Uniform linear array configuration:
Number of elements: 16
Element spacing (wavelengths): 0.5
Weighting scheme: hamming
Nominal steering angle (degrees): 30
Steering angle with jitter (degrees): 28.871
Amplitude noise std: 0.05
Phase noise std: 0.05

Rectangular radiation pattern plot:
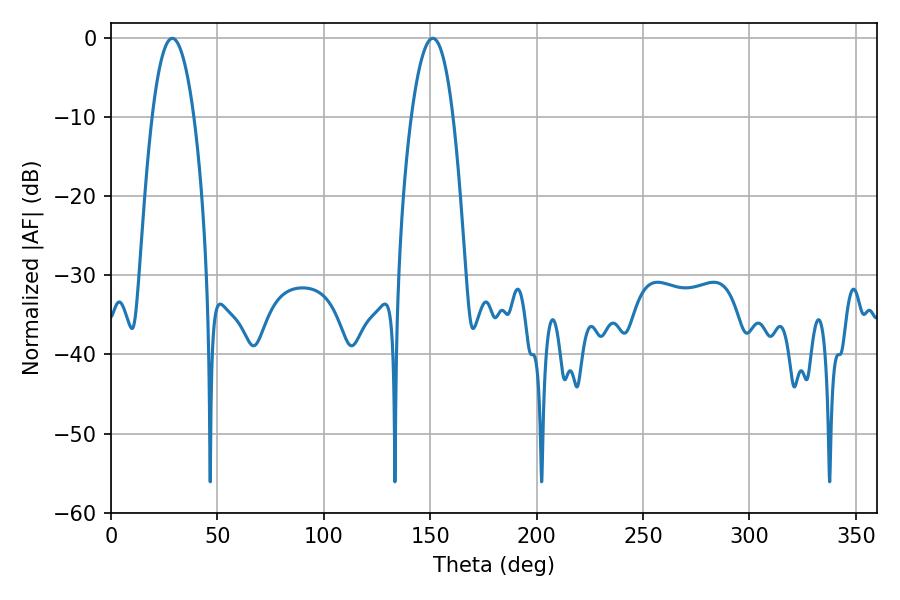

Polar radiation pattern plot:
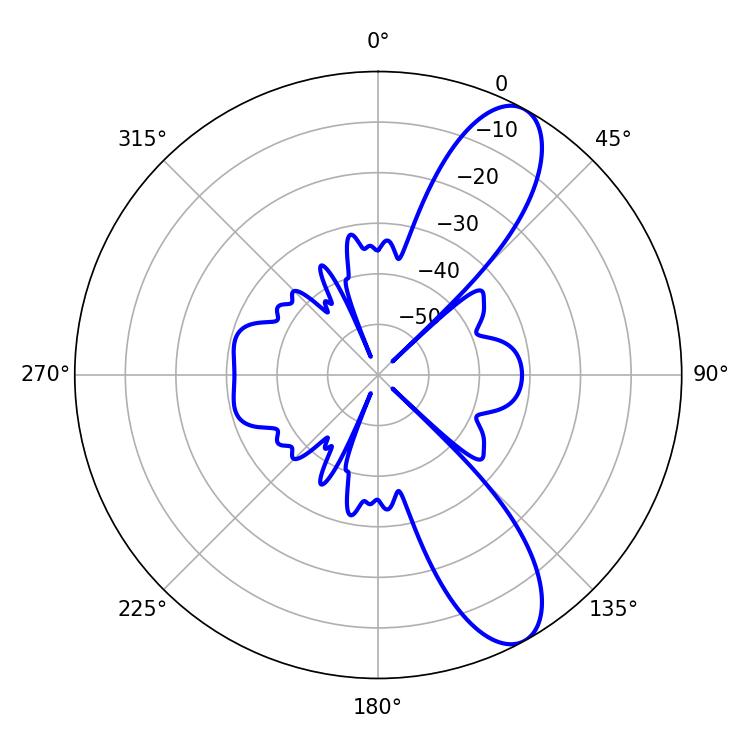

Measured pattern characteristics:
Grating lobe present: FALSE
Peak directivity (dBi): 10.095
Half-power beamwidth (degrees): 10.98
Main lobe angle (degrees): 28.8